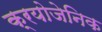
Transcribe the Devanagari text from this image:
क्रयोजेनिक